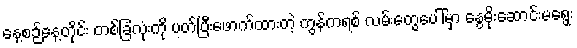
နေ့စဉ်နေ့တိုင်း တစ်ခြံလုံးကို ပတ်ပြီးဖောက်ထားတဲ့ ကွန်ကရစ် လမ်းတွေပေါ်မှာ နွေမိုးဆောင်းမရွေး